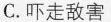
C.吓走敌害